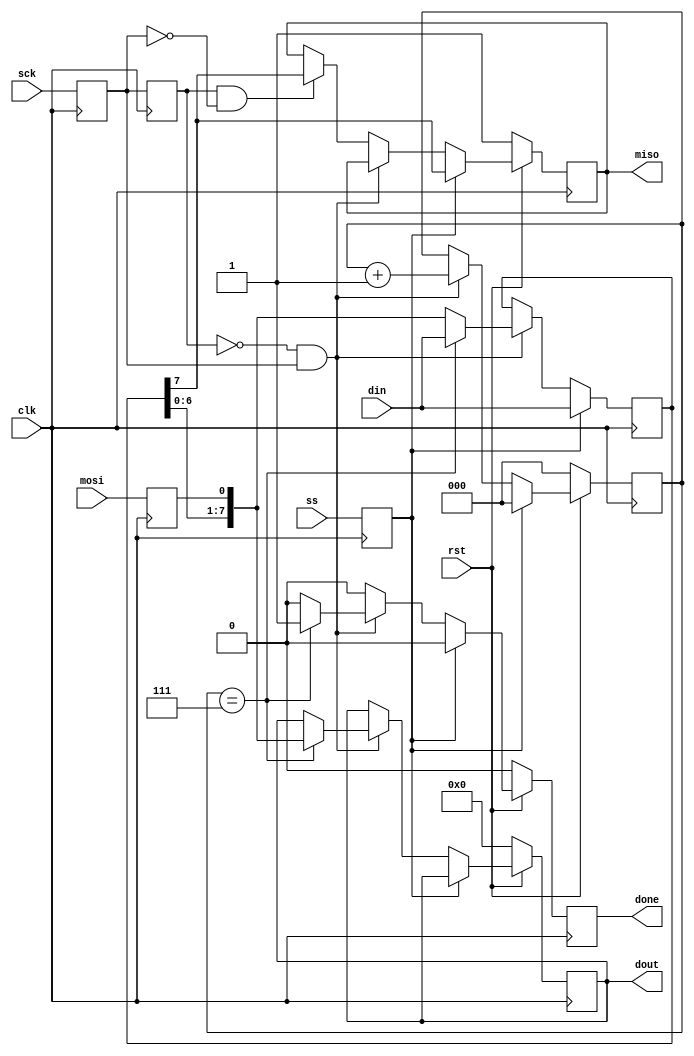
module spi(
    input clk,
    input rst,
    input ss,
    input mosi,
    output miso,
    input sck,
    output done,
    input [7:0] din,
    output [7:0] dout
    );

reg mosi_d, mosi_q;
reg ss_d, ss_q;
reg sck_d, sck_q;
reg sck_old_d, sck_old_q;
reg [7:0] data_d, data_q;
reg done_d, done_q;
reg [2:0] bit_ct_d, bit_ct_q;
reg [7:0] dout_d, dout_q;
reg miso_d, miso_q;

assign miso = miso_q;
assign done = done_q;
assign dout = dout_q;

always @(*) begin
    ss_d = ss;
    mosi_d = mosi;
    miso_d = miso_q;
    sck_d = sck;
    sck_old_d = sck_q;
    data_d = data_q;
    done_d = 1'b0;
    bit_ct_d = bit_ct_q;
    dout_d = dout_q;

    if (ss_q) begin
        bit_ct_d = 3'b0;
        data_d = din;
        miso_d = data_q[7];
    end else begin
        if (!sck_old_q && sck_q) begin // rising edge
            data_d = {data_q[6:0], mosi_q};
            bit_ct_d = bit_ct_q + 1'b1;
            if (bit_ct_q == 3'b111) begin
                dout_d = {data_q[6:0], mosi_q};
                done_d = 1'b1;
                data_d = din;
            end
        end else if (sck_old_q && !sck_q) begin // falling edge
            miso_d = data_q[7];
        end
    end
end

always @(posedge clk) begin
    if (!rst) begin
        done_q <= 1'b0;
        bit_ct_q <= 3'b0;
        dout_q <= 8'b0;
        miso_q <= 1'b1;
    end else begin
        done_q <= done_d;
        bit_ct_q <= bit_ct_d;
        dout_q <= dout_d;
        miso_q <= miso_d;
    end

    sck_q <= sck_d;
    mosi_q <= mosi_d;
    ss_q <= ss_d;
    data_q <= data_d;
    sck_old_q <= sck_old_d;

end


endmodule